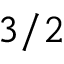
3 / 2